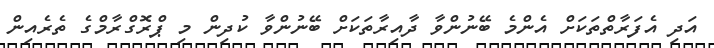
އަދި އެފަރާތްތަކަށް އެންމެ ބޭނުންވާ ދާއިރާތަކަށް ބޭނުންވާ ކުދިން މި ޕްރޮގްރާމްގެ ތެރެއިން